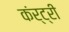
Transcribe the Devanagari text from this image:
कंर्ट्री